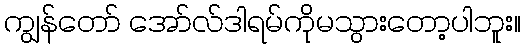
ကျွန်တော် အော်လ်ဒါရမ်ကိုမသွားတော့ပါဘူး။